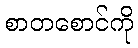
စာတစောင်ကို